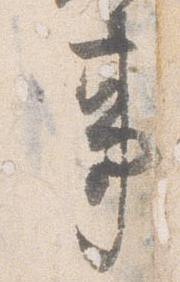
事